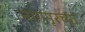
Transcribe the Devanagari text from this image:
नागपूरच्‍या